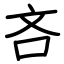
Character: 吝